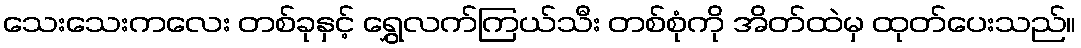
သေးသေးကလေး တစ်ခုနှင့် ရွှေလက်ကြယ်သီး တစ်စုံကို အိတ်ထဲမှ ထုတ်ပေးသည်။